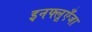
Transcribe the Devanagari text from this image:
इनफ्लूएँजा